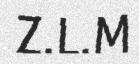
Z.L.M